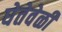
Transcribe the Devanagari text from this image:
घेतेवेळी